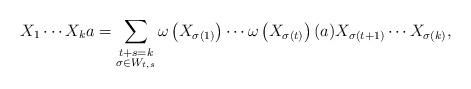
LaTeX: \begin{align*}X_1\cdots X_ka = \sum_{\substack{t+s = k \\ \sigma \in W_{t,s}}} \omega\left(X_{\sigma(1)}\right)\cdots \omega\left(X_{\sigma(t)}\right)(a)X_{\sigma(t+1)} \cdots X_{\sigma(k)},\end{align*}